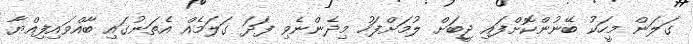
ގަލަން މީހަކު ބޭނުންކޮށްފައި ޖީބަށް ލުމަށްފަހު މިދެންނެވި ފަދަ ގަލަމެއް އެތަނުގައި ބާއްވައިފިއްޔާ